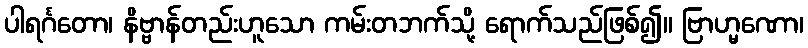
ပါရင်္ဂတော၊ နိဗ္ဗာန်တည်းဟူသော ကမ်းတဘက်သို့ ရောက်သည်ဖြစ်၍။ ဗြာဟ္မဏော၊